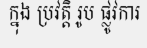
ក្នុង ប្រវត្តិ រូប ផ្លូវការ